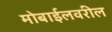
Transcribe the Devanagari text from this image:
मोबाईलवरील